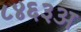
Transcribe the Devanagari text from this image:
८४६३अ